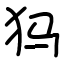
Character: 犸